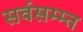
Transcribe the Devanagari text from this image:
सर्वसम्म्त